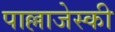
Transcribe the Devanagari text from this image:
पाल्लाजेस्की